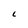
Character: L